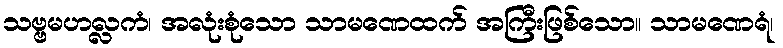
သဗ္ဗမဟလ္လကံ၊ အလုံးစုံသော သာမဏေထက် အကြီးဖြစ်သော။ သာမဏေရံ၊